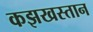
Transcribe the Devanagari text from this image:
कझखस्तान